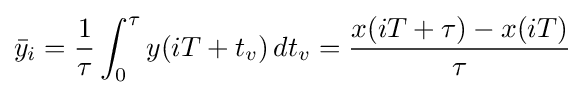
{\bar {y}}_{i}={\frac {1}{\tau }}\int _{0}^{\tau }y(iT+t_{v})\,dt_{v}={\frac {x(iT+\tau )-x(iT)}{\tau }}